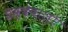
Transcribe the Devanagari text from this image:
डब्बेवालो